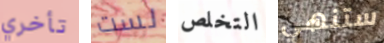
تأخري لست التخلص ستنهي